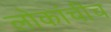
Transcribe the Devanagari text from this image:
लोकांचीच